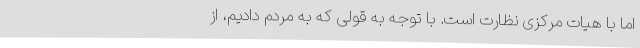
اما با هیات مرکزی نظارت است. با توجه به قولی که به مردم دادیم، از